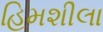
હિમશીલા